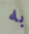
به